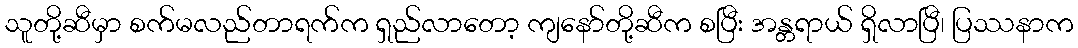
သူတို့ဆီမှာ စက်မလည်တာရက်က ရှည်လာတော့ ကျနော်တို့ဆီက စပြီး အန္တရာယ် ရှိလာပြီ၊ ပြဿနာက